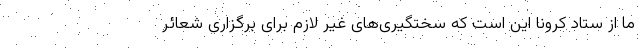
ما از ستاد کرونا این است که سختگیری‌های غیر لازم برای برگزاری شعائر